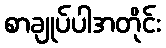
စာချုပ်ပါအတိုင်း